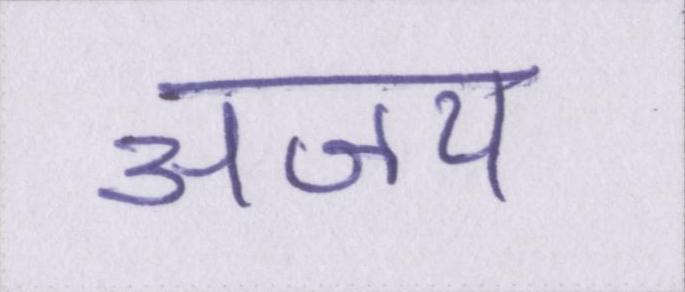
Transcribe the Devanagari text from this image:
अजय